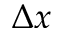
\Delta x